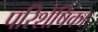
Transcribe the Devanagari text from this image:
परिशेषिका